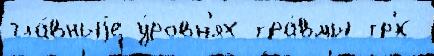
гла́вныjе у́ровн'ях тра́вмы тр'́х-